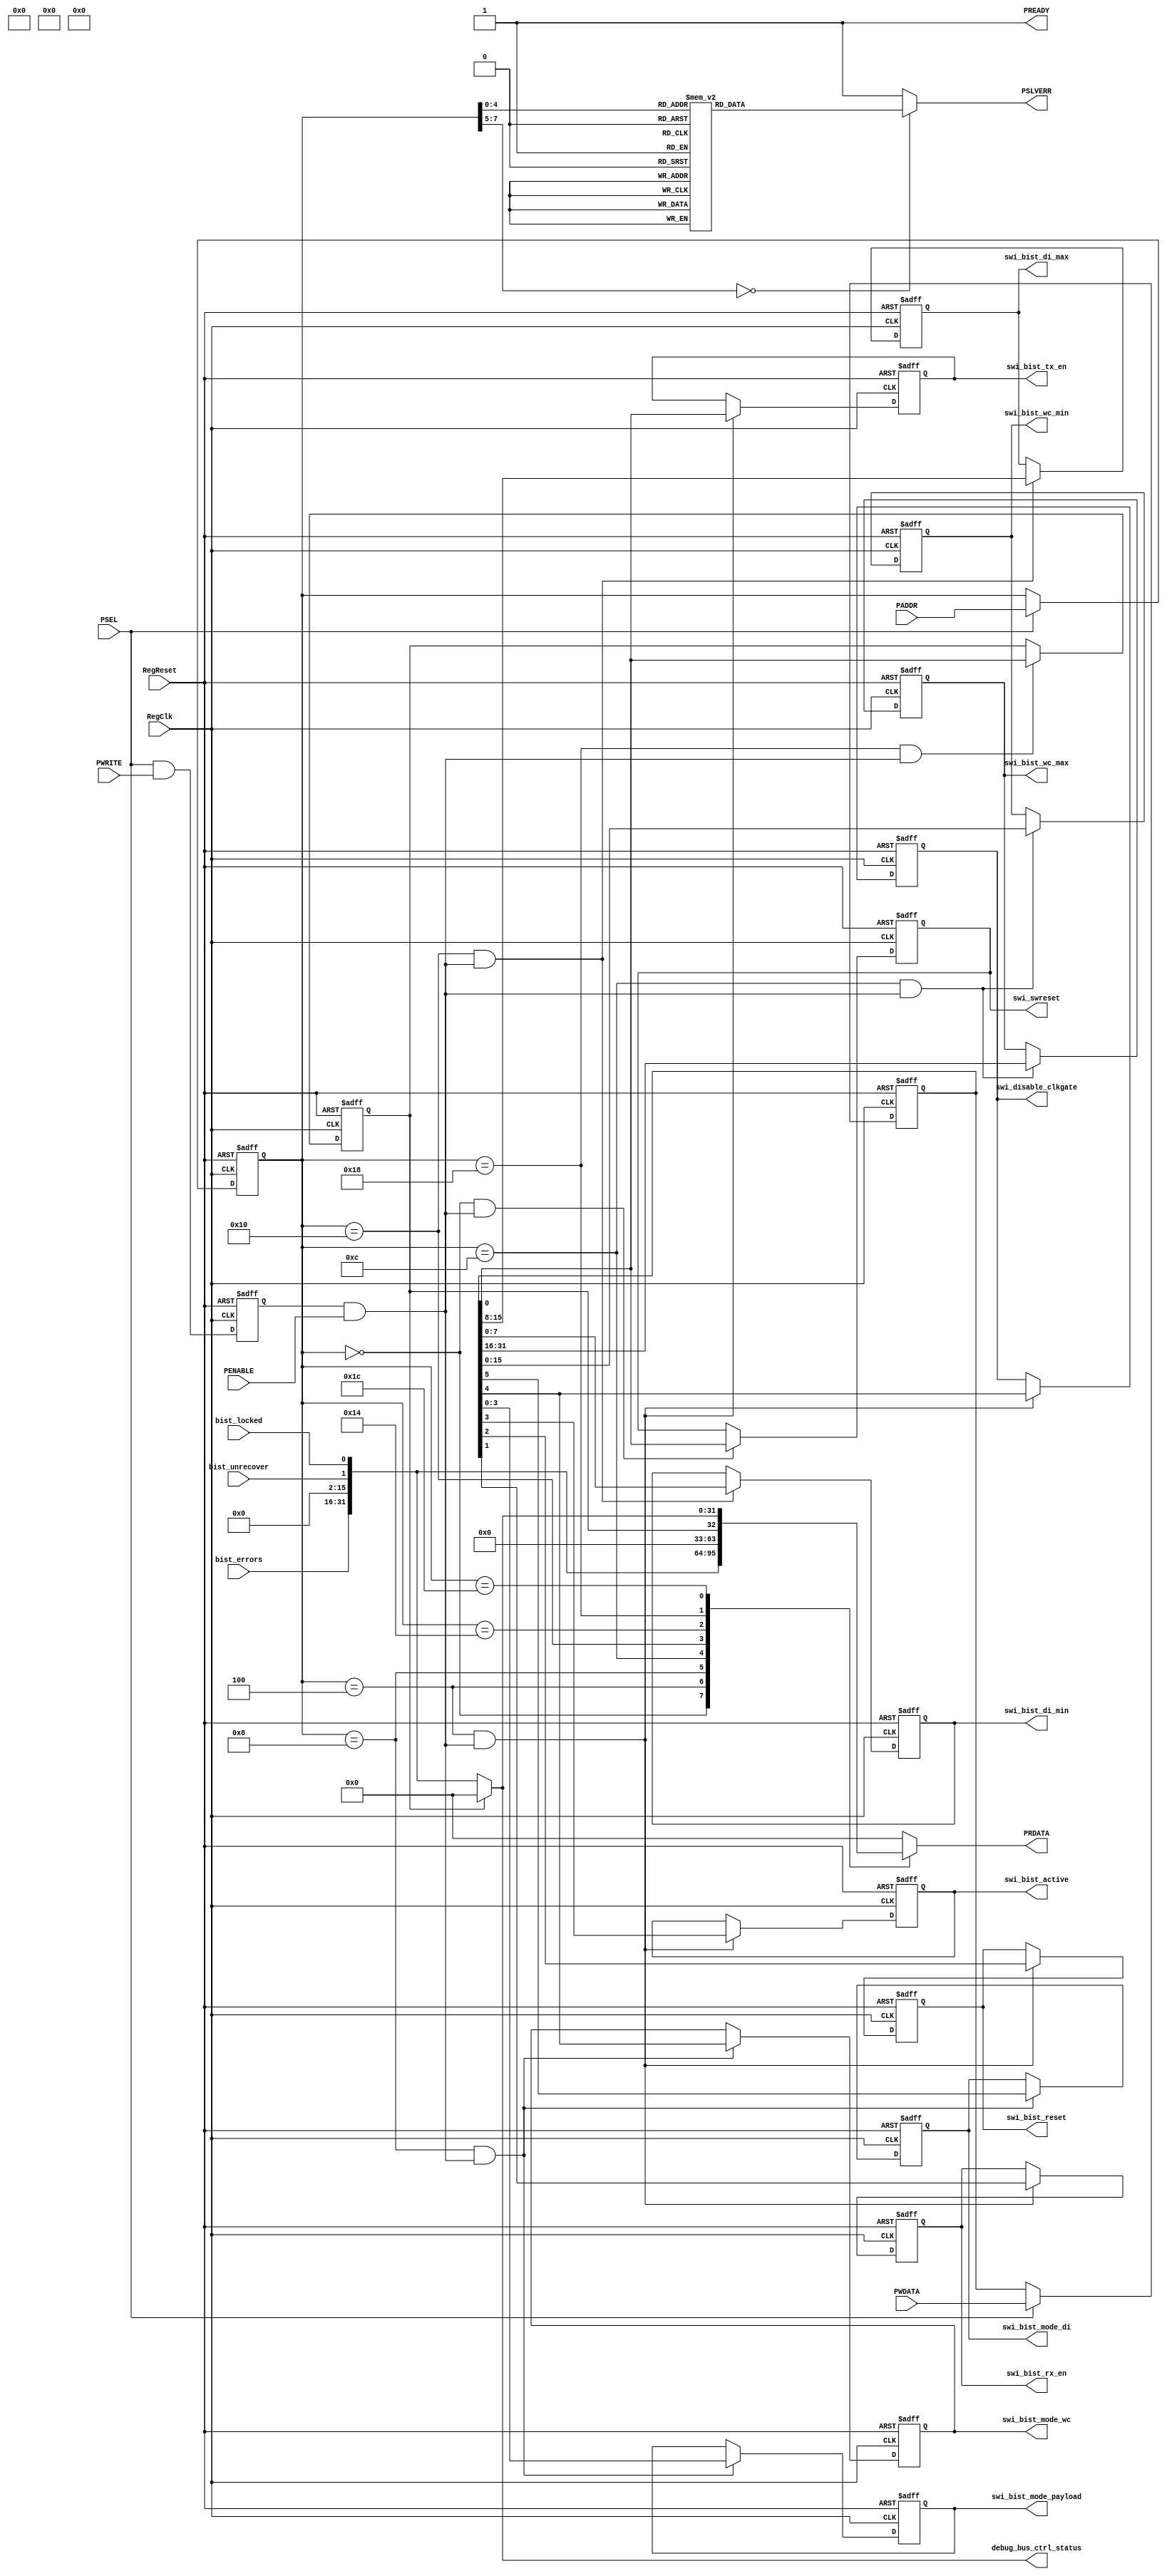
//===================================================================
//
// Created by steven on August/18/2020 at 11:35:52
//
// slink_bist_regs_top.v
//
//===================================================================



module slink_bist_regs_top #(
  parameter    ADDR_WIDTH = 8
)(
  //SWRESET
  output wire         swi_swreset,
  //BIST_MAIN_CONTROL
  output wire         swi_bist_tx_en,
  output wire         swi_bist_rx_en,
  output wire         swi_bist_reset,
  output wire         swi_bist_active,
  output wire         swi_disable_clkgate,
  //BIST_MODE
  output wire [3:0]   swi_bist_mode_payload,
  output wire         swi_bist_mode_wc,
  output wire         swi_bist_mode_di,
  //BIST_WORD_COUNT_VALUES
  output wire [15:0]  swi_bist_wc_min,
  output wire [15:0]  swi_bist_wc_max,
  //BIST_DATA_ID_VALUES
  output wire [7:0]   swi_bist_di_min,
  output wire [7:0]   swi_bist_di_max,
  //BIST_STATUS
  input  wire         bist_locked,
  input  wire         bist_unrecover,
  input  wire [15:0]  bist_errors,
  //DEBUG_BUS_STATUS
  output reg  [31:0]  debug_bus_ctrl_status,

  //DFT Ports (if used)
  
  // APB Interface
  input  wire RegReset,
  input  wire RegClk,
  input  wire PSEL,
  input  wire PENABLE,
  input  wire PWRITE,
  output wire PSLVERR,
  output wire PREADY,
  input  wire [(ADDR_WIDTH-1):0] PADDR,
  input  wire [31:0] PWDATA,
  output wire [31:0] PRDATA
);
  
  //DFT Tieoffs (if not used)
  wire dft_core_scan_mode = 1'b0;
  wire dft_iddq_mode = 1'b0;
  wire dft_hiz_mode = 1'b0;
  wire dft_bscan_mode = 1'b0;

  //APB Setup/Access 
  wire [(ADDR_WIDTH-1):0] RegAddr_in;
  reg  [(ADDR_WIDTH-1):0] RegAddr;
  wire [31:0] RegWrData_in;
  reg  [31:0] RegWrData;
  wire RegWrEn_in;
  reg  RegWrEn_pq;
  wire RegWrEn;

  assign RegAddr_in = PSEL ? PADDR : RegAddr; 

  always @(posedge RegClk or posedge RegReset) begin
    if (RegReset) begin
      RegAddr <= {(ADDR_WIDTH){1'b0}};
    end else begin
      RegAddr <= RegAddr_in;
    end
  end

  assign RegWrData_in = PSEL ? PWDATA : RegWrData; 

  always @(posedge RegClk or posedge RegReset) begin
    if (RegReset) begin
      RegWrData <= 32'h00000000;
    end else begin
      RegWrData <= RegWrData_in;
    end
  end

  assign RegWrEn_in = PSEL & PWRITE;

  always @(posedge RegClk or posedge RegReset) begin
    if (RegReset) begin
      RegWrEn_pq <= 1'b0;
    end else begin
      RegWrEn_pq <= RegWrEn_in;
    end
  end

  assign RegWrEn = RegWrEn_pq & PENABLE;
  
  //assign PSLVERR = 1'b0;
  assign PREADY  = 1'b1;
  


  //Regs for Mux Override sel



  //---------------------------
  // SWRESET
  // swreset - Main software reset for BIST logic
  //---------------------------
  wire [31:0] SWRESET_reg_read;
  reg         reg_swreset;

  always @(posedge RegClk or posedge RegReset) begin
    if(RegReset) begin
      reg_swreset                            <= 1'h1;
    end else if(RegAddr == 'h0 && RegWrEn) begin
      reg_swreset                            <= RegWrData[0];
    end else begin
      reg_swreset                            <= reg_swreset;
    end
  end

  assign SWRESET_reg_read = {31'h0,
          reg_swreset};

  //-----------------------
  assign swi_swreset = reg_swreset;





  //---------------------------
  // BIST_MAIN_CONTROL
  // bist_tx_en - Main Enable for TX. Controls clock gate for BIST logic
  // bist_rx_en - Main Enable for RX. Controls clock gate for BIST logic
  // bist_reset - Reset for clearing BIST error counters
  // bist_active - Signal exits the BIST block and can be used to control an external mux for data path.
  // disable_clkgate - 
  //---------------------------
  wire [31:0] BIST_MAIN_CONTROL_reg_read;
  reg         reg_bist_tx_en;
  reg         reg_bist_rx_en;
  reg         reg_bist_reset;
  reg         reg_bist_active;
  reg         reg_disable_clkgate;

  always @(posedge RegClk or posedge RegReset) begin
    if(RegReset) begin
      reg_bist_tx_en                         <= 1'h0;
      reg_bist_rx_en                         <= 1'h0;
      reg_bist_reset                         <= 1'h0;
      reg_bist_active                        <= 1'h0;
      reg_disable_clkgate                    <= 1'h0;
    end else if(RegAddr == 'h4 && RegWrEn) begin
      reg_bist_tx_en                         <= RegWrData[0];
      reg_bist_rx_en                         <= RegWrData[1];
      reg_bist_reset                         <= RegWrData[2];
      reg_bist_active                        <= RegWrData[3];
      reg_disable_clkgate                    <= RegWrData[4];
    end else begin
      reg_bist_tx_en                         <= reg_bist_tx_en;
      reg_bist_rx_en                         <= reg_bist_rx_en;
      reg_bist_reset                         <= reg_bist_reset;
      reg_bist_active                        <= reg_bist_active;
      reg_disable_clkgate                    <= reg_disable_clkgate;
    end
  end

  assign BIST_MAIN_CONTROL_reg_read = {27'h0,
          reg_disable_clkgate,
          reg_bist_active,
          reg_bist_reset,
          reg_bist_rx_en,
          reg_bist_tx_en};

  //-----------------------
  assign swi_bist_tx_en = reg_bist_tx_en;

  //-----------------------
  assign swi_bist_rx_en = reg_bist_rx_en;

  //-----------------------
  assign swi_bist_reset = reg_bist_reset;

  //-----------------------
  assign swi_bist_active = reg_bist_active;

  //-----------------------
  assign swi_disable_clkgate = reg_disable_clkgate;





  //---------------------------
  // BIST_MODE
  // bist_mode_payload - Denotes long data payload type. 0 - 1010, 1 - 1100, 2 - 1111_0000, 8 - counter, 9 - PRBS9
  // bist_mode_wc - 0 - Always use fixed word count (wc_min). 1 - Cycle through word counts (min -> max back to min)
  // bist_mode_di - 0 - Always use fixed data id (di_min). 1 - Cycle through data id (min -> max back to min)
  //---------------------------
  wire [31:0] BIST_MODE_reg_read;
  reg [3:0]   reg_bist_mode_payload;
  reg         reg_bist_mode_wc;
  reg         reg_bist_mode_di;

  always @(posedge RegClk or posedge RegReset) begin
    if(RegReset) begin
      reg_bist_mode_payload                  <= 4'h0;
      reg_bist_mode_wc                       <= 1'h0;
      reg_bist_mode_di                       <= 1'h0;
    end else if(RegAddr == 'h8 && RegWrEn) begin
      reg_bist_mode_payload                  <= RegWrData[3:0];
      reg_bist_mode_wc                       <= RegWrData[4];
      reg_bist_mode_di                       <= RegWrData[5];
    end else begin
      reg_bist_mode_payload                  <= reg_bist_mode_payload;
      reg_bist_mode_wc                       <= reg_bist_mode_wc;
      reg_bist_mode_di                       <= reg_bist_mode_di;
    end
  end

  assign BIST_MODE_reg_read = {26'h0,
          reg_bist_mode_di,
          reg_bist_mode_wc,
          reg_bist_mode_payload};

  //-----------------------
  assign swi_bist_mode_payload = reg_bist_mode_payload;

  //-----------------------
  assign swi_bist_mode_wc = reg_bist_mode_wc;

  //-----------------------
  assign swi_bist_mode_di = reg_bist_mode_di;





  //---------------------------
  // BIST_WORD_COUNT_VALUES
  // bist_wc_min - Minimum number of bytes in payload
  // bist_wc_max - Maximum number of bytes in payload
  //---------------------------
  wire [31:0] BIST_WORD_COUNT_VALUES_reg_read;
  reg [15:0]  reg_bist_wc_min;
  reg [15:0]  reg_bist_wc_max;

  always @(posedge RegClk or posedge RegReset) begin
    if(RegReset) begin
      reg_bist_wc_min                        <= 16'ha;
      reg_bist_wc_max                        <= 16'h64;
    end else if(RegAddr == 'hc && RegWrEn) begin
      reg_bist_wc_min                        <= RegWrData[15:0];
      reg_bist_wc_max                        <= RegWrData[31:16];
    end else begin
      reg_bist_wc_min                        <= reg_bist_wc_min;
      reg_bist_wc_max                        <= reg_bist_wc_max;
    end
  end

  assign BIST_WORD_COUNT_VALUES_reg_read = {          reg_bist_wc_max,
          reg_bist_wc_min};

  //-----------------------
  assign swi_bist_wc_min = reg_bist_wc_min;

  //-----------------------
  assign swi_bist_wc_max = reg_bist_wc_max;





  //---------------------------
  // BIST_DATA_ID_VALUES
  // bist_di_min - Minimum Data ID Value
  // bist_di_max - Maximum Data ID Value
  //---------------------------
  wire [31:0] BIST_DATA_ID_VALUES_reg_read;
  reg [7:0]   reg_bist_di_min;
  reg [7:0]   reg_bist_di_max;

  always @(posedge RegClk or posedge RegReset) begin
    if(RegReset) begin
      reg_bist_di_min                        <= 8'h20;
      reg_bist_di_max                        <= 8'hf0;
    end else if(RegAddr == 'h10 && RegWrEn) begin
      reg_bist_di_min                        <= RegWrData[7:0];
      reg_bist_di_max                        <= RegWrData[15:8];
    end else begin
      reg_bist_di_min                        <= reg_bist_di_min;
      reg_bist_di_max                        <= reg_bist_di_max;
    end
  end

  assign BIST_DATA_ID_VALUES_reg_read = {16'h0,
          reg_bist_di_max,
          reg_bist_di_min};

  //-----------------------
  assign swi_bist_di_min = reg_bist_di_min;

  //-----------------------
  assign swi_bist_di_max = reg_bist_di_max;





  //---------------------------
  // BIST_STATUS
  // bist_locked - 1 - BIST RX has seen at least one start of packet and word count has not had an issue
  // bist_unrecover - 1 - BIST RX has received data in such a way that the remaining data stream is not likely to be observable.
  // reserved0 - 
  // bist_errors - Number of errors seen during this run. Saturates at all ones.
  //---------------------------
  wire [31:0] BIST_STATUS_reg_read;
  assign BIST_STATUS_reg_read = {          bist_errors,
          14'd0, //Reserved
          bist_unrecover,
          bist_locked};

  //-----------------------
  //-----------------------
  //-----------------------
  //-----------------------




  //---------------------------
  // DEBUG_BUS_CTRL
  // DEBUG_BUS_CTRL_SEL - Select signal for DEBUG_BUS_CTRL
  //---------------------------
  wire [31:0] DEBUG_BUS_CTRL_reg_read;
  reg         reg_debug_bus_ctrl_sel;
  wire         swi_debug_bus_ctrl_sel;

  always @(posedge RegClk or posedge RegReset) begin
    if(RegReset) begin
      reg_debug_bus_ctrl_sel                 <= 1'h0;
    end else if(RegAddr == 'h18 && RegWrEn) begin
      reg_debug_bus_ctrl_sel                 <= RegWrData[0];
    end else begin
      reg_debug_bus_ctrl_sel                 <= reg_debug_bus_ctrl_sel;
    end
  end

  assign DEBUG_BUS_CTRL_reg_read = {31'h0,
          reg_debug_bus_ctrl_sel};

  //-----------------------
  assign swi_debug_bus_ctrl_sel = reg_debug_bus_ctrl_sel;





  //---------------------------
  // DEBUG_BUS_STATUS
  // DEBUG_BUS_CTRL_STATUS - Status output for DEBUG_BUS_STATUS
  //---------------------------
  wire [31:0] DEBUG_BUS_STATUS_reg_read;

  //Debug bus control logic  
  always @(*) begin
    case(swi_debug_bus_ctrl_sel)
      'd0 : debug_bus_ctrl_status = {bist_errors, 14'd0, bist_unrecover, bist_locked};
      default : debug_bus_ctrl_status = 32'd0;
    endcase
  end 
  
  assign DEBUG_BUS_STATUS_reg_read = {          debug_bus_ctrl_status};

  //-----------------------


  
    
  //---------------------------
  // PRDATA Selection
  //---------------------------
  reg [31:0] prdata_sel;
  
  always @(*) begin
    case(RegAddr)
      'h0    : prdata_sel = SWRESET_reg_read;
      'h4    : prdata_sel = BIST_MAIN_CONTROL_reg_read;
      'h8    : prdata_sel = BIST_MODE_reg_read;
      'hc    : prdata_sel = BIST_WORD_COUNT_VALUES_reg_read;
      'h10   : prdata_sel = BIST_DATA_ID_VALUES_reg_read;
      'h14   : prdata_sel = BIST_STATUS_reg_read;
      'h18   : prdata_sel = DEBUG_BUS_CTRL_reg_read;
      'h1c   : prdata_sel = DEBUG_BUS_STATUS_reg_read;

      default : prdata_sel = 32'd0;
    endcase
  end
  
  assign PRDATA = prdata_sel;


  
    
  //---------------------------
  // PSLVERR Detection
  //---------------------------
  reg pslverr_pre;
  
  always @(*) begin
    case(RegAddr)
      'h0    : pslverr_pre = 1'b0;
      'h4    : pslverr_pre = 1'b0;
      'h8    : pslverr_pre = 1'b0;
      'hc    : pslverr_pre = 1'b0;
      'h10   : pslverr_pre = 1'b0;
      'h14   : pslverr_pre = 1'b0;
      'h18   : pslverr_pre = 1'b0;
      'h1c   : pslverr_pre = 1'b0;

      default : pslverr_pre = 1'b1;
    endcase
  end
  
  assign PSLVERR = pslverr_pre;

endmodule